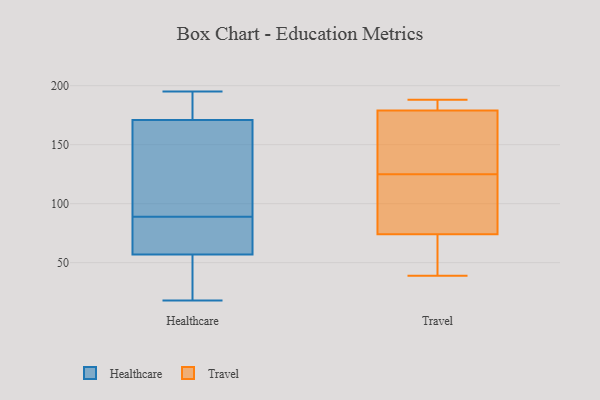
{"axis": {"x": "Page Views", "y": "Value"}, "legend": ["Healthcare", "Travel"], "data": [{"x": "", "y": 134, "type": "Healthcare"}, {"x": "", "y": 110, "type": "Healthcare"}, {"x": "", "y": 181, "type": "Healthcare"}, {"x": "", "y": 68, "type": "Healthcare"}, {"x": "", "y": 51, "type": "Healthcare"}, {"x": "", "y": 185, "type": "Healthcare"}, {"x": "", "y": 57, "type": "Healthcare"}, {"x": "", "y": 18, "type": "Healthcare"}, {"x": "", "y": 58, "type": "Healthcare"}, {"x": "", "y": 58, "type": "Healthcare"}, {"x": "", "y": 195, "type": "Healthcare"}, {"x": "", "y": 171, "type": "Healthcare"}, {"x": "", "y": 39, "type": "Healthcare"}, {"x": "", "y": 121, "type": "Healthcare"}, {"x": "", "y": 74, "type": "Travel"}, {"x": "", "y": 184, "type": "Travel"}, {"x": "", "y": 87, "type": "Travel"}, {"x": "", "y": 122, "type": "Travel"}, {"x": "", "y": 75, "type": "Travel"}, {"x": "", "y": 179, "type": "Travel"}, {"x": "", "y": 188, "type": "Travel"}, {"x": "", "y": 186, "type": "Travel"}, {"x": "", "y": 55, "type": "Travel"}, {"x": "", "y": 128, "type": "Travel"}, {"x": "", "y": 137, "type": "Travel"}, {"x": "", "y": 39, "type": "Travel"}, {"x": "", "y": 139, "type": "Travel"}, {"x": "", "y": 59, "type": "Travel"}]}